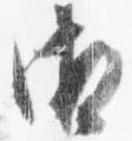
御